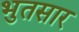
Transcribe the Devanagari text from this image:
भुतसार